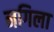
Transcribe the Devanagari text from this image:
नगिला